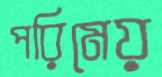
পরিমেয়